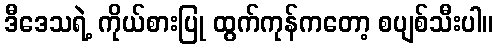
ဒီဒေသရဲ့ ကိုယ်စားပြု ထွက်ကုန်ကတော့ စပျစ်သီးပါ။